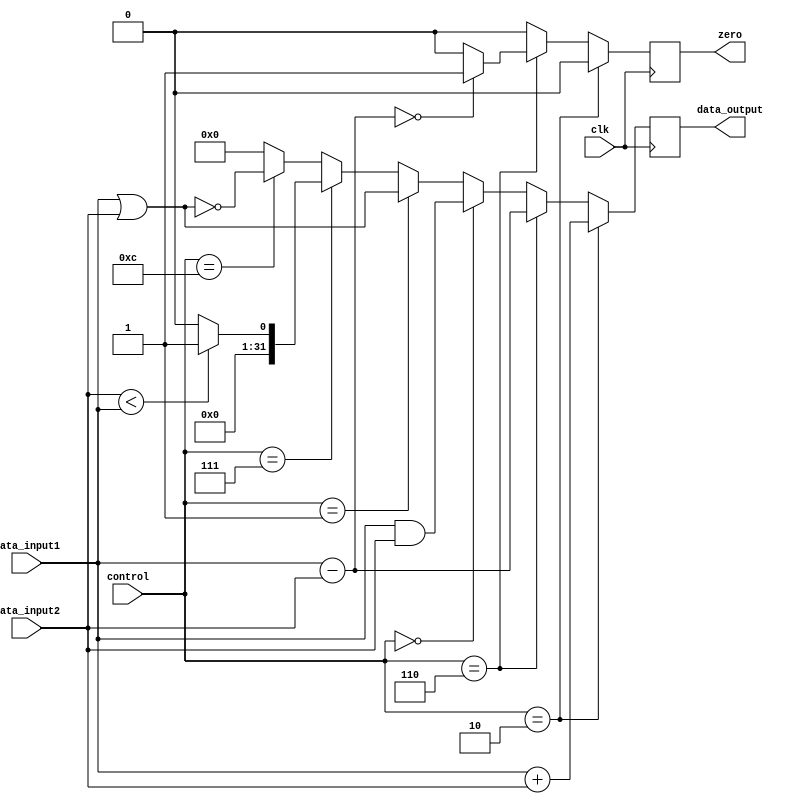
module ALU(clk, control, data_input1, data_input2, data_output, zero);

input clk;
input [3:0] control;
input signed [31:0] data_input1, data_input2;

output reg signed [31:0] data_output;
output reg zero;

// Control signal definitions, taken from textbook page 260
// High zero to indicate when output is zero (beq and sub)

always@(posedge clk)

begin
    // R-type Add, Load word, Store word,
    if (control == 4'b0010) begin
        data_output = data_input1 + data_input2;
        zero = 0;
    end


    // // R-type Subtract, Branch equal
    else if (control == 4'b0110)
	begin
        data_output = data_input1 - data_input2;
        if (data_output == 0)
	        zero = 1;
	    else
	        zero = 0;
    end


    // And
    else if (control == 4'b0000) begin
        data_output = data_input1 & data_input2;
        zero = 0;
    end


    // Or
    else if (control == 4'b0001) begin
	data_output = data_input1 | data_input2;
	zero = 0;
    end


    // Set less than
    else if (control == 4'b0111) begin
        if (data_input2 < data_input1)
            data_output = 1;
        else
            data_output = 0;
        zero = 0;
    end

    // Nor
    else if (control == 4'b1100) begin
	data_output = ~(data_input1 | data_input2);
        zero =0;
    end

    else
    begin
        data_output = 0;
        zero =0;
    end

end


endmodule